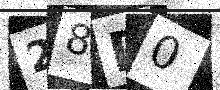
Text: 28D0